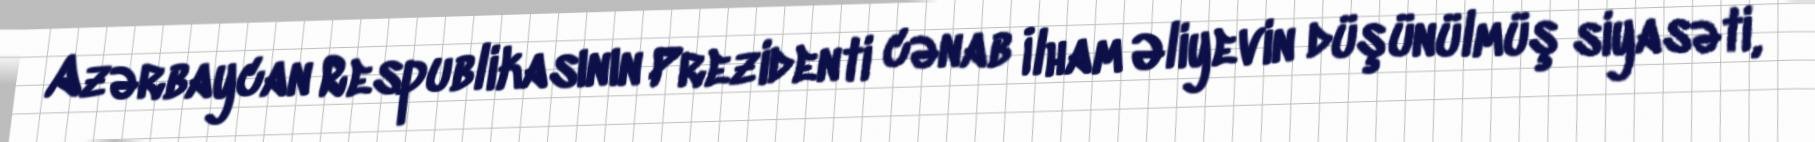
Azərbaycan Respublikasının Prezidenti cənab İlham Əliyevin düşünülmüş siyasəti,